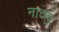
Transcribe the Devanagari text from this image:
नाठक